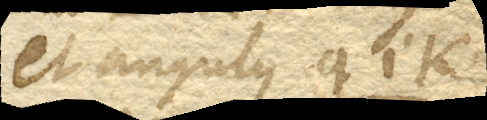
et angulus gik.